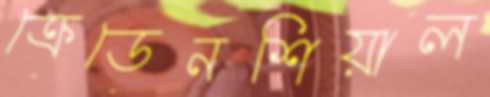
ক্রেডেনশিয়াল